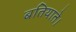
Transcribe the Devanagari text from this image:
बतियाते।